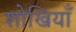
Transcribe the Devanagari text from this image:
शोखियाँ